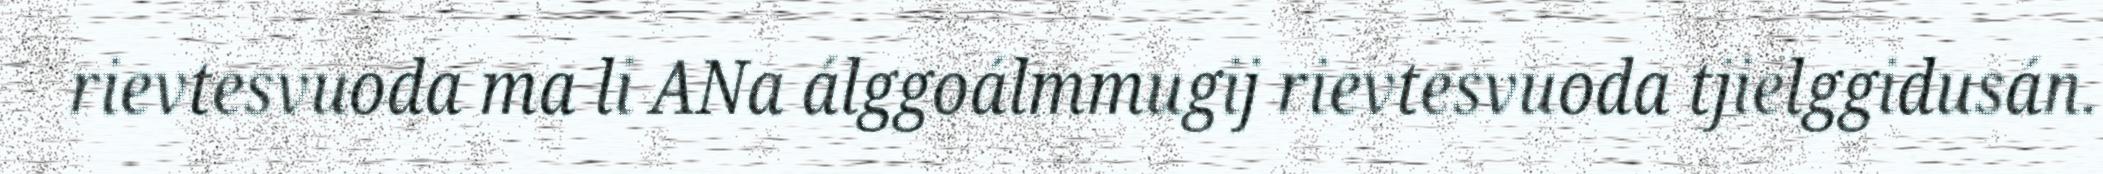
rievtesvuoda ma li ANa álggoálmmugij rievtesvuoda tjielggidusán.